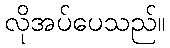
လိုအပ်ပေသည်။